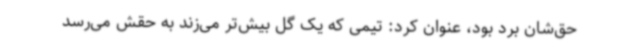
حق‌شان برد بود، عنوان کرد: تیمی که یک گل بیش‌تر می‌زند به حقش می‌رسد